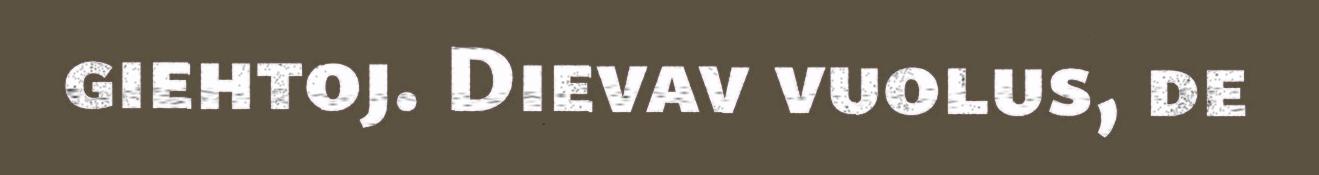
giehtoj. Dievav vuolus, de